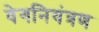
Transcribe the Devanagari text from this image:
वेगनियंत्रण